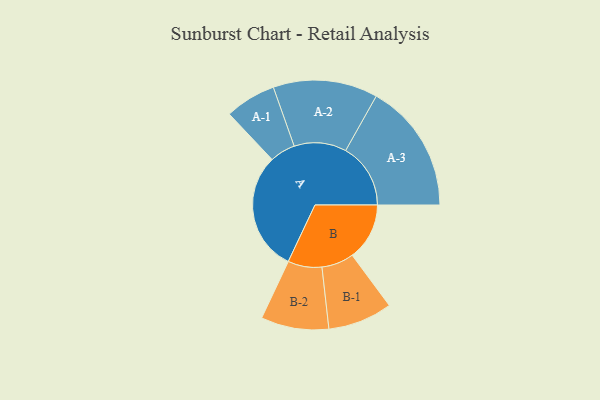
{"axis": {"x": "Segment", "y": "Value"}, "legend": ["", "A", "B"], "data": [{"x": "A", "y": 481, "type": ""}, {"x": "B", "y": 231, "type": ""}, {"x": "A-1", "y": 103, "type": "A"}, {"x": "A-2", "y": 211, "type": "A"}, {"x": "A-3", "y": 262, "type": "A"}, {"x": "B-1", "y": 130, "type": "B"}, {"x": "B-2", "y": 137, "type": "B"}]}